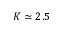
K \simeq 2 . 5